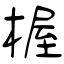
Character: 楃